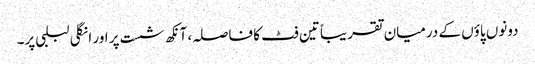
دونوں پاؤں کے درمیان تقریباً تین فٹ کا فاصلہ، آنکھ شست پر اور انگلی لبلبی پر۔